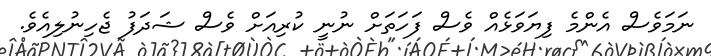
ނަމަވެސް އެންމެ ފިޔަވަޅެއް ވެސް ފަހަތަށް ނުނީ ކުރިއަށް ވެސް ޝަދަފު ޖެހިނުލިއެވެ.